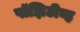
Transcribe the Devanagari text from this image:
पॉझिटीव्ह